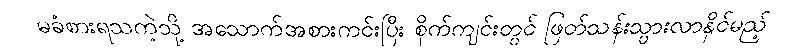
မခံစားရသကဲ့သို့ အသောက်အစားကင်းပြီး စိုက်ကျင်းတွင် ဖြတ်သန်းသွားလာနိုင်မည့်